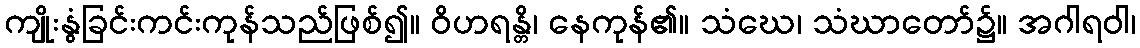
ကျိုးနွံခြင်းကင်းကုန်သည်ဖြစ်၍။ ဝိဟရန္တိ၊ နေကုန်၏။ သံဃေ၊ သံဃာတော်၌။ အဂါရဝါ၊